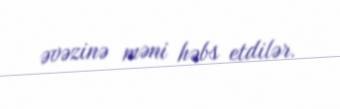
əvəzinə məni həbs etdilər.